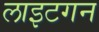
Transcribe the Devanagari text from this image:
लाइटगन